Calcutta medical institutions reports 1871-78
Year: 1871
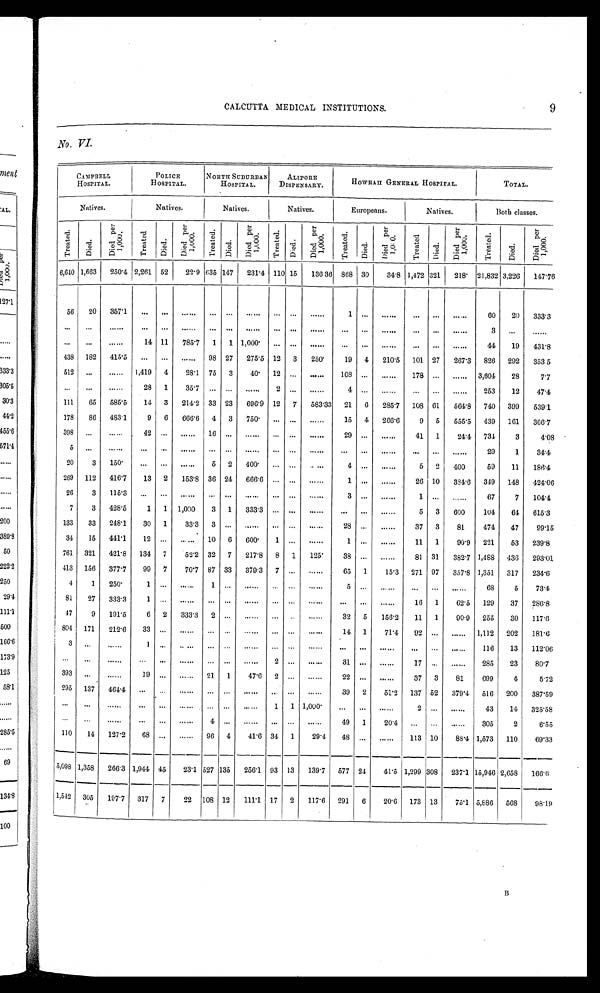
CALCUTTA MEDICAL INSTITUTIONS. 9
No. VI .
CAMPBELL
HOSPITAL.
POLICE
HOSPITAL.
NORTH SUBURBAN
HOSPITAL.
ALIPORE
DISPENSARY.
HOWRAH GENERAL HOSPITAL.
TOTAL.
Natives.
Natives.
Natives.
Natives.
Europeans.
Natives.
Both classes.
T r e a t e d .
Di ed.
D i e d p e r 1 , 0 0 0 .
Tr eat ed.
D i e d .
D i e d p e r 1 , 0 0 0 .
T r e a t e d . D i e d .
D i e d p e r 1 , 0 0 0 .
Tr e a t e d . Di e d.
D i e d p e r 1 , 0 0 0 .
Tr e a t e d.
D i e d .
D i e d p e r 1 , 0 0 0 .
T r e a t e d . Died.
D i e d p e r 1 , 0 0 0 .
T r e a t e d .
Died.
D i e d p e r 1 , 0 0 0 .
6,640 1,663 250.4 2,261 52
22.9 635 147 231.4 110 15 136.36 868 30
34.8 1,472 321 218 21,832 3,226 147.76
5 6
2 0
3 5 7 . 1
. . . . . .
. . .
. . . . . .
. . .
. . .
. . .
. . .
1
. . .
. . .
. . .
. . .
. . .
6 0 20 333.3
. . . . . .
. . .
. . .
. . .
. . .
. . . . . .
. . .
. . . . . .
. . .
. . .
. . .
. . .
. . .
. . .
. . .
3
. . .
. . .
. . .
. . .
. . .
14 11 785.7 1 1 1,000
. . . . . .
. . .
. . .
. . .
. . .
. . . . . .
. . . 44
19 431.8
438 182 415.5
. . .
. . .
. . . 98 27 275.5 12 3 250
19 4 210.5 101 27 267.3 826 292 353 5
512
. . .
. . . 1,419 4
28.1 75 3
40 12
. . .
. . . 108
. . .
. . . 178
. . .
. . . 3,604
28
7.7
. . .
. . .
. . .
2 8 1
3 5 . 7
. . . . . .
. . .
2
. . .
. . . 4
. . .
. . .
. . .
. . .
. . . 253
12
47.4
111
65 585.5
14 3 214.2 33 23 696.9 12 7 583.33 21 6 285.7 108 61 564.8 740 399 539.1
178 86 483.1
9 6 666.6 4 3 750
. . . . . .
. . .
15 4 266.6
9 5 555.5 439 161 366.7
398
. . .
. . .
4 2 . . .
. . .
1 6 . . .
. . .
. . . . . .
. . .
2 9
. . .
. . . 41 1
24.4 734
3
4.08
5
. . .
. . .
. . . . . .
. . .
. . . . . .
. . .
. . . . . .
. . .
. . .
. . .
. . .
. . . . . .
. . . 29
1
34.4
20
3 150
. . .
. . .
. . . 5 2 400
. . . . . .
. . .
4
. . .
. . . 5 2 400
59
11 186.4
269 112 416.7
13 2 153.8 36 24 666.6
. . . . . .
. . .
1
. . .
. . . 26 10 384.6 349 148 424.06
2 6
3
1 1 5 . 3
. . . . . .
. . .
. . . . . .
. . .
. . . . . .
. . .
3
. . .
. . .
1
. . .
. . . 67
7 104.4
7
3 428.5
1 1 1,000
3 1 333.3
. . . . . .
. . .
. . .
. . .
. . .
5 3 600
104
64 615.3
133 33 248.1
30 1
33.3 3
. . .
. . .
. . . . . .
. . .
28 . . .
. . .
37 3
81
474
47
99.15
34
15 441.1
12
. . .
. . . 10 6 600
1
. . .
. . .
1
. . .
. . .
11 1
90.9 221
53 239.8
761 321 421.8 134 7
52.2 32 7 217.8 8 1 125
38
. . .
. . .
81 31 382.7 1,488 436 293.01
413 156 377.7
99 7
70.7 87 33 379.3 7
. . .
. . .
65 1
15.3 271 97 357.8 1,351 317 234.6
4
1 250
1
. . .
. . .
1 . . .
. . .
. . . . . .
. . .
5
. . .
. . .
. . . . . .
. . . 68
5
73.4
81
27 333.3
1
. . .
. . .
. . . . . .
. . .
. . . . . .
. . .
. . .
. . .
. . .
16 1
62.5 129
37 286.8
47
9 191.5
6 2 333.3 2
. . .
. . .
. . .
. . .
. . .
32 5 156.2
11 1
90.9 255
30 117.6
804 171 212.6
33
. . .
. . .
. . .
. . .
. . .
. . . . . .
. . .
14 1
7 1 . 4 92
. . .
. . . 1,112 202 181.6
3
. . .
. . .
1
. . .
. . .
. . . . . .
. . .
. . . . . .
. . .
. . .
. . .
. . .
. . .
. . .
. . . 116
13 112.06
. . .
. . .
. . .
. . .
. . .
. . .
. . . . . .
. . .
2
. . .
. . .
3 1
. . .
. . . 17
. . .
. . . 285
23
80.7
393
. . .
. . . 19
. . .
. . . 21 1
4 7 . 6 2
. . .
. . .
2 2
. . .
. . . 37 3
81
699
4
5.72
295 137 464.4
. . . . . .
. . .
. . . . . .
. . .
. . . . . .
. . .
39 2
51.2 137 52 379.4 516 200 387.59
. . .
. . .
. . .
. . .
. . .
. . .
. . . . . .
. . .
1
1
1 , 0 0 0
. . .
. . .
. . . 2
. . .
. . . 43
14 325.58
. . .
. . .
. . .
. . . . . .
. . .
4 . . .
. . .
. . . . . .
. . . 49 1
20.4
. . .
. . .
. . . 305
2
6.55
110
14 127.2
68
. . .
. . . 96 4
41.6 34 1
29.4
48
. . .
. . . 113 10 88.4 1,573 110
69.33
5,098 1,358 266.3 1,944 45
23.1 527 135 256.1 93 13 139.7 577 24
4 1 . 5 1,299 308 237.1 15,946 2,658 166.6
1,542 305 197.7 317 7
22 108 12 111.1 17 2 117.6 291
6 20.6 173 13
75.1 5,886 568
98.19
B